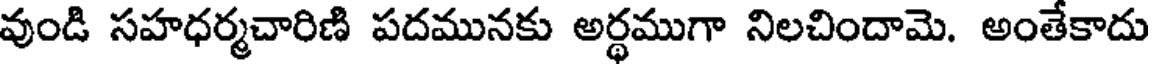
వుండి సహధర్మచారిణి పదమునకు అర్థముగా నిలచిందామె. అంతేకాదు